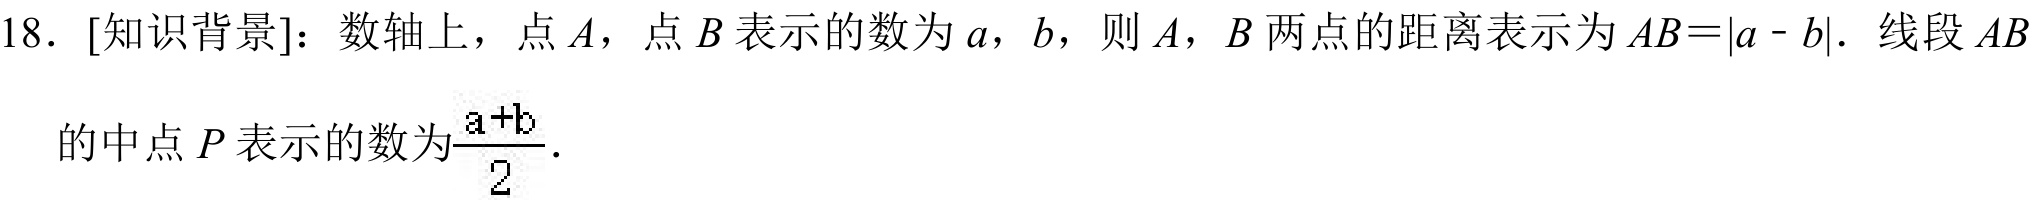
18. [知识背景]：数轴上，点\(A\)，点\(B\)表示的数为\(a\)，\(b\)，则\(A\)，\(B\)两点的距离表示为\(AB = |a - b|\). 线段\(AB\)的中点\(P\)表示的数为\(\frac{a + b}{2}\).